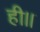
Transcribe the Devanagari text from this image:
ही।।